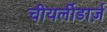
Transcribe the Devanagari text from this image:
चीयर्लीडार्ज़